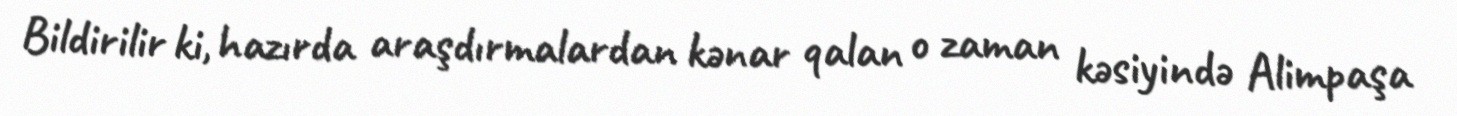
Bildirilir ki, hazırda araşdırmalardan kənar qalan o zaman kəsiyində Alimpaşa